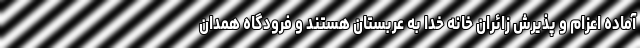
آماده اعزام و پذیرش زائران خانه خدا به عربستان هستند و فرودگاه همدان